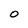
Character: 0